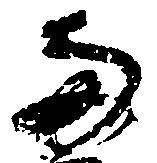
両